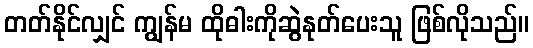
တတ်နိုင်လျှင် ကျွန်မ ထိုဓါးကိုဆွဲနုတ်ပေးသူ ဖြစ်လိုသည်။